Leaving Certificate Examination (including Day School Certificate (Higher) General paper), 1938
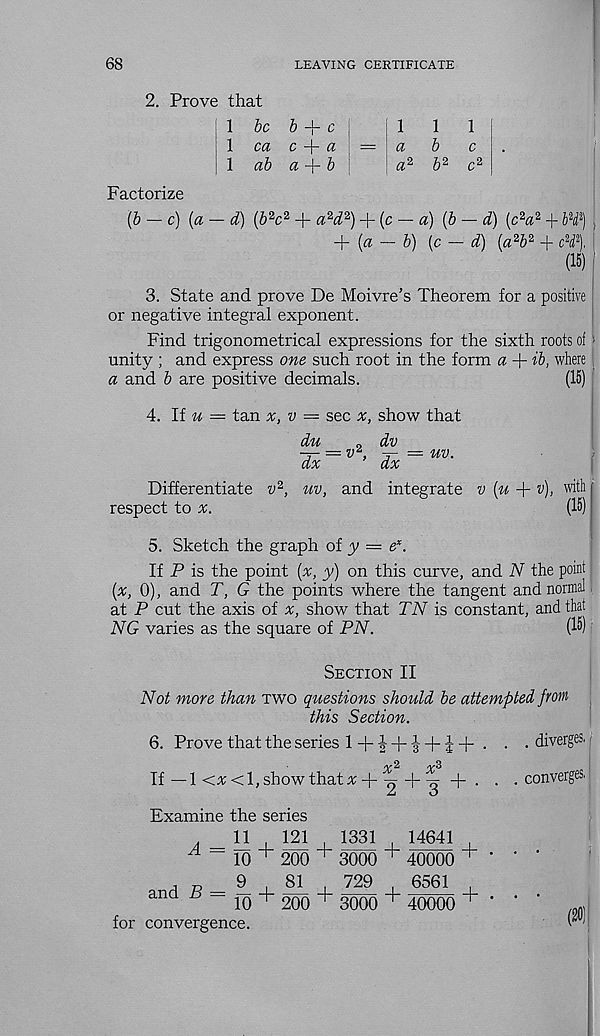
68
LEAVING CERTIFICATE
2. Prove that
\ be b
ca
ab
c
a
a + ^
1
1
a
b
a 2 £2 r 2
1
c
c 2
Factorize
(b — c) (a — d) {b 2 c 2 + a 2 d 2 ) + (c — «) {b — d) [c 2 a 2 bH 1 )
+ {a -b) (c — d) {a 2 b 2 + cH\ ‘
(15) 1
3. State and prove De Moivre’s Theorem for a positive
or negative integral exponent.
Find trigonometrical expressions for the sixth roots of
unity ; and express one such root in the form a + ib, where
a and b are positive decimals.
(15)
4. If w = tan x, v — sec x, show that
du
dx
dv
V >
= uv.
dx
Differentiate v 2 , uv, and integrate v
respect to
4- v), with
(15)
i
5. Sketch the graph of y = e*.
If P is the point {x, y) on this curve, and N the point
{x, 0), and T, G the points where the tangent and normal
at P cut the axis of v, show that TN is constant, and that
NG varies as the square of PN.
(15)
Section II
Not more than two questions should be attempted from
this Section.
6. Prove that the series l + | + | + i+ •
If—1 Ctfd, show that* +
^
. .
Examine the series
11
121
1331
14641
^ “ 10 + 200 + 3000 + 40000 + ‘
9
81
729
6561
and ^ - 10 + 200 + 3000 + 40000 + -
for convergence.
. diverges.
converges.
(20)